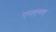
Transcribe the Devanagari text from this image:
एलएमए